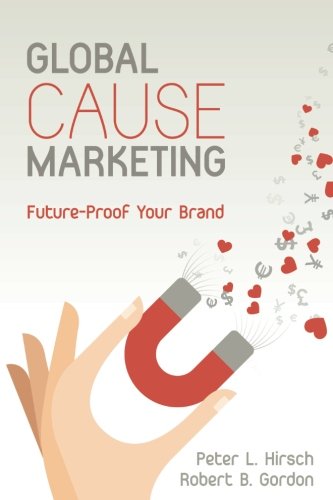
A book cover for Global Cause Marketing: Future Proof Your Brand; Peter Hirsch; Business & Money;